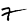
Digit: 7